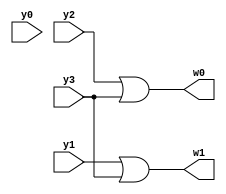
module fourottwoEncodergate(y3,y2,y1,y0,w1,w0);
input y3,y2,y1,y0;
output w1,w0;

or i1(w0,y2,y3);
or i2(w1,y1,y3);

endmodule

module test;
reg y3,y2,y1,y0;
wire w1,w0;
fourottwoEncodergate i(y3,y2,y1,y0,w1,w0);
initial
begin
    y3=1'b0;
    y2=1'b0;
    y1=1'b0;
    y0=1'b0;
    $monitor("time:%0t,y3=%b,y2=%b,y1=%b,y0=%b,w1=%b,w0=%b",$time,y3,y2,y1,y0,w1,w0);
    #5 y3=1'b0; y2=1'b0; y1=1'b0; y0=1'b1; 
    #5 y3=1'b0; y2=1'b0; y1=1'b1; y0=1'b0; 
    #5 y3=1'b0; y2=1'b1; y1=1'b0; y0=1'b0; 
    #5 y3=1'b1; y2=1'b0; y1=1'b0; y0=1'b0; 
end
endmodule